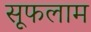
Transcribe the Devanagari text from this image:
सूफलाम